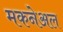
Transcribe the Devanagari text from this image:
मकनेअल